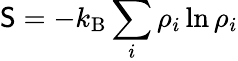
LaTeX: \mathsf{S}=-k_{\mathrm{{B}}}\sum_{i}\rho_{i}\ln\rho_{i}